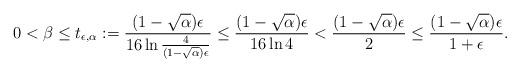
LaTeX: \begin{align*}0<\beta\le t_{\epsilon,\alpha}:=\frac{(1-\sqrt{\alpha})\epsilon}{16\ln \tfrac{4}{(1-\sqrt{\alpha})\epsilon}}\le \frac{(1-\sqrt{\alpha})\epsilon}{16\ln 4}< \frac{(1-\sqrt{\alpha})\epsilon}{2}\le \frac{(1-\sqrt{\alpha})\epsilon}{1+\epsilon}.\end{align*}